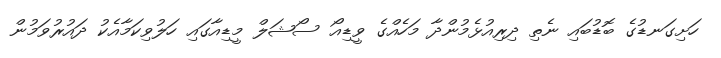
ހަށިގަނޑުގެ ބޮޑުބައި ނެތި ދިރިއުޅެމުންދާ މަހެއްގެ ވީޑިއޯ ސޯޝަލް މީޑިއާގައި ހަލުވިކަމާއެކު ދައުރުވަމުން